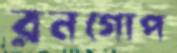
রনগোপ